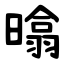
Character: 㬛